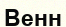
Венн